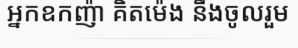
អ្នកឧកញ៉ា គិតម៉េង នឹងចូលរួម